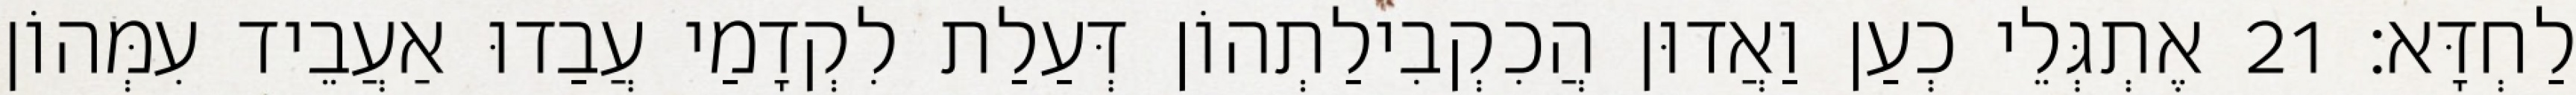
לַחְדָּא׃ 21 אֶתְגְּלֵי כְעַן וַאֲדוּן הֲכִקְבִילַתְהוֹן דְּעַלַת לִקְדָמַי עֲבַדוּ אַעֲבֵיד עִמְּהוֹן